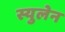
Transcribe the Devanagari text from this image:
स्युलेन